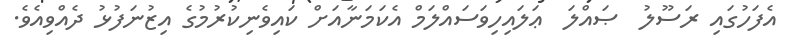
އެފަހުގައި ރަސޫލު  ޞައްލަ  ޢަލައިހިވަސައްލަމް އެކަމަނާއަށް ކައިވެނިކުރުމުގެ އިޒުނަފުޅު ދެއްވިއެވެ.